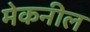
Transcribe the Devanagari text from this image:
मेकनील